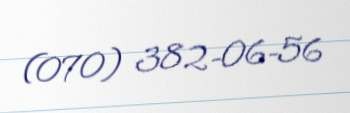
(070) 382-06-56